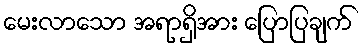
မေးလာသော အရာရှိအား ပြောပြချက်